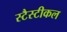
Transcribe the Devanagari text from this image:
स्टैस्टीकल